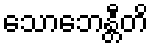
သောဘေန္တီတိ